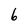
Character: 6